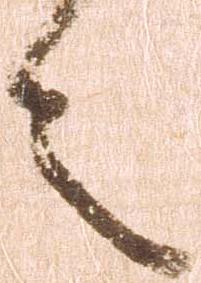
之